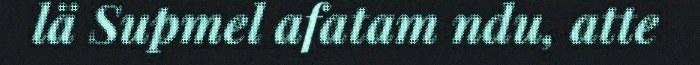
lä Supmel afatam ndu, atte